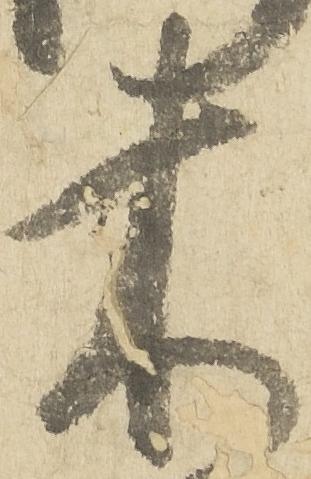
木